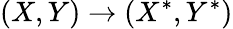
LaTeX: (X,Y)\rightarrow(X^{*},Y^{*})